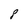
Character: 8